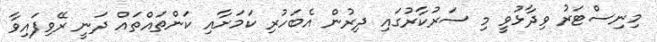
މިނިސްޓަރު ވިދާޅުވީ މި ސަރުކާރުގައި ދިރުން އެބަހުރި ކަމަށާއި ކަންތައްތައް ދަނީ ރޭވިފައިވާ